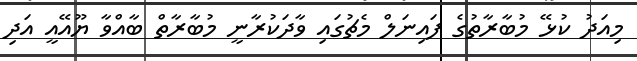
މިއަދު ކުޅޭ މުބާރާތުގެ ފައިނަލް މެޗުގައި ވާދަކުރާނީ މުބާރާތް ބާއްވާ ޔޫއޭއީ އަދި